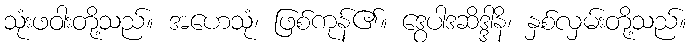
သုံးဖဝါးတို့သည်။ အဟေသုံ၊ ဖြစ်ကုန်၏။ ဒွေပါဒဆိဒ္ဒါနိ၊ နှစ်လှမ်းတို့သည်။